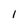
Character: 1